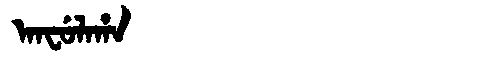
Manchu: ᠠᠨᠸᡠᠯᠠᡥᠠ
Romanization: ANFULAHA